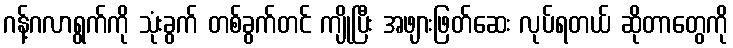
ဂန့်ဂလာရွက်ကို သုံးခွက် တစ်ခွက်တင် ကျိုပြီး အဖျားဖြတ်ဆေး လုပ်ရတယ် ဆိုတာတွေကို